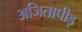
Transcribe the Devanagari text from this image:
अजितापीड़